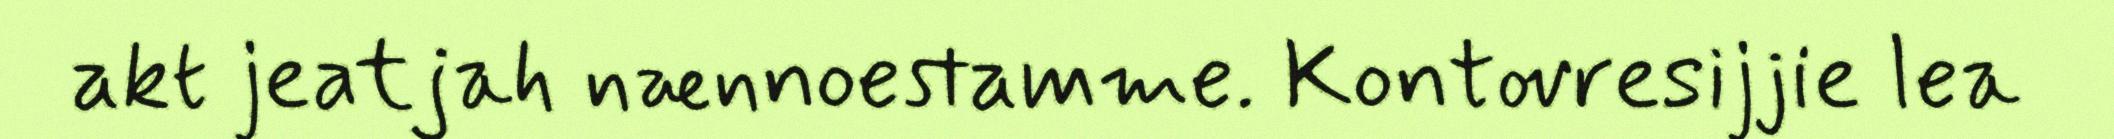
akt jeatjah nænnoestamme. Kontovresijjie lea